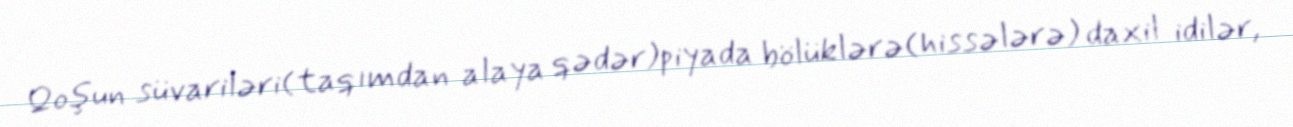
Qoşun süvariləri(taqımdan alaya qədər)piyada bölüklərə(hissələrə) daxil idilər,